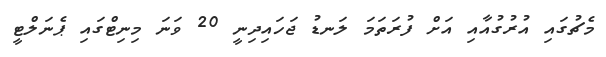
މެޗުގައި އުރުގުއާއި އަށް ފުރަތަމަ ލަނޑު ޖަހައިދިނީ 20 ވަނަ މިނިޓްގައި ޕެނަލްޓީ